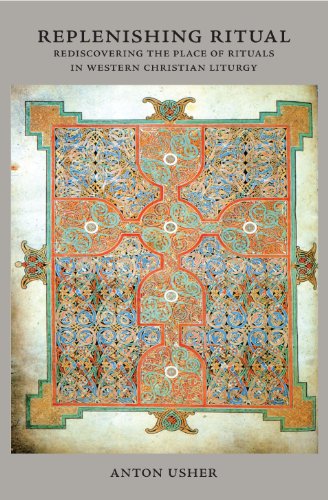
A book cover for Replenishing Ritual: Rediscovering the Place of Rituals in Western Christian Liturgy (Marquette Studies in Theology); Anton Usher; Christian Books & Bibles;